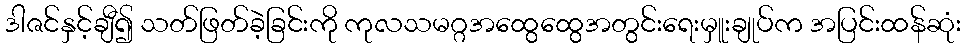
ဒါဇင်နှင့်ချီ၍ သတ်ဖြတ်ခဲ့ခြင်းကို ကုလသမဂ္ဂအထွေထွေအတွင်းရေးမှူးချုပ်က အပြင်းထန်ဆုံး